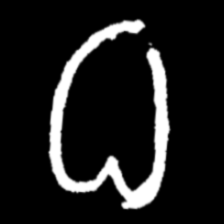
Pyu character \u2014 Myanmar letter: ဓ (romanized: dha)